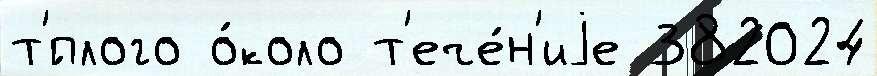
т'́плого о́коло т'ече́н'иjе 382024